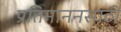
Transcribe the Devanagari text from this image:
प्रतिमाननसाठी